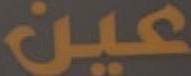
عين